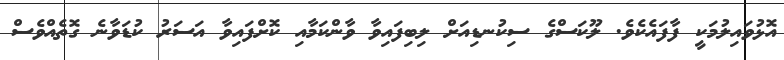
އޮޅުވައިލުމަކީ ފާފައެކެވެ. ލޫކަސްގެ ސިކުނޑިއަށް ލިބިފައިވާ ވާންކަމާއި ކޮށްފައިވާ އަސަރު ކުޑަވާނެ ގޮތެއްވެސް